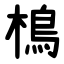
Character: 樢